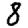
Digit: 8